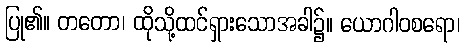
ပြု၏။ တတော၊ ထိုသို့ထင်ရှားသောအခါ၌။ ယောဂါဝစရော၊